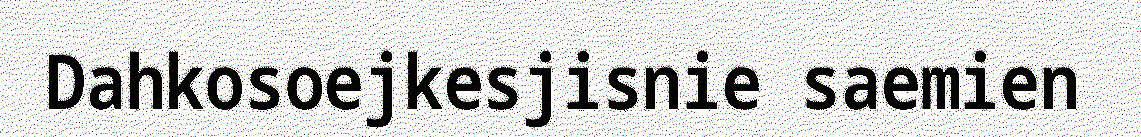
Dahkosoejkesjisnie saemien